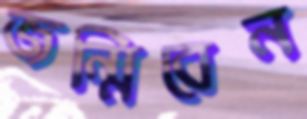
জন্মিবেন